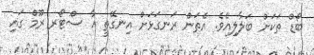
ބޯޑް ތަކަށް ބަލާލިއެވެ. އެތަން ރަނގަޅަށް އިނގޭތީ އާ ސްޓޯރ ރޫމް ގައި